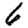
Digit: 6